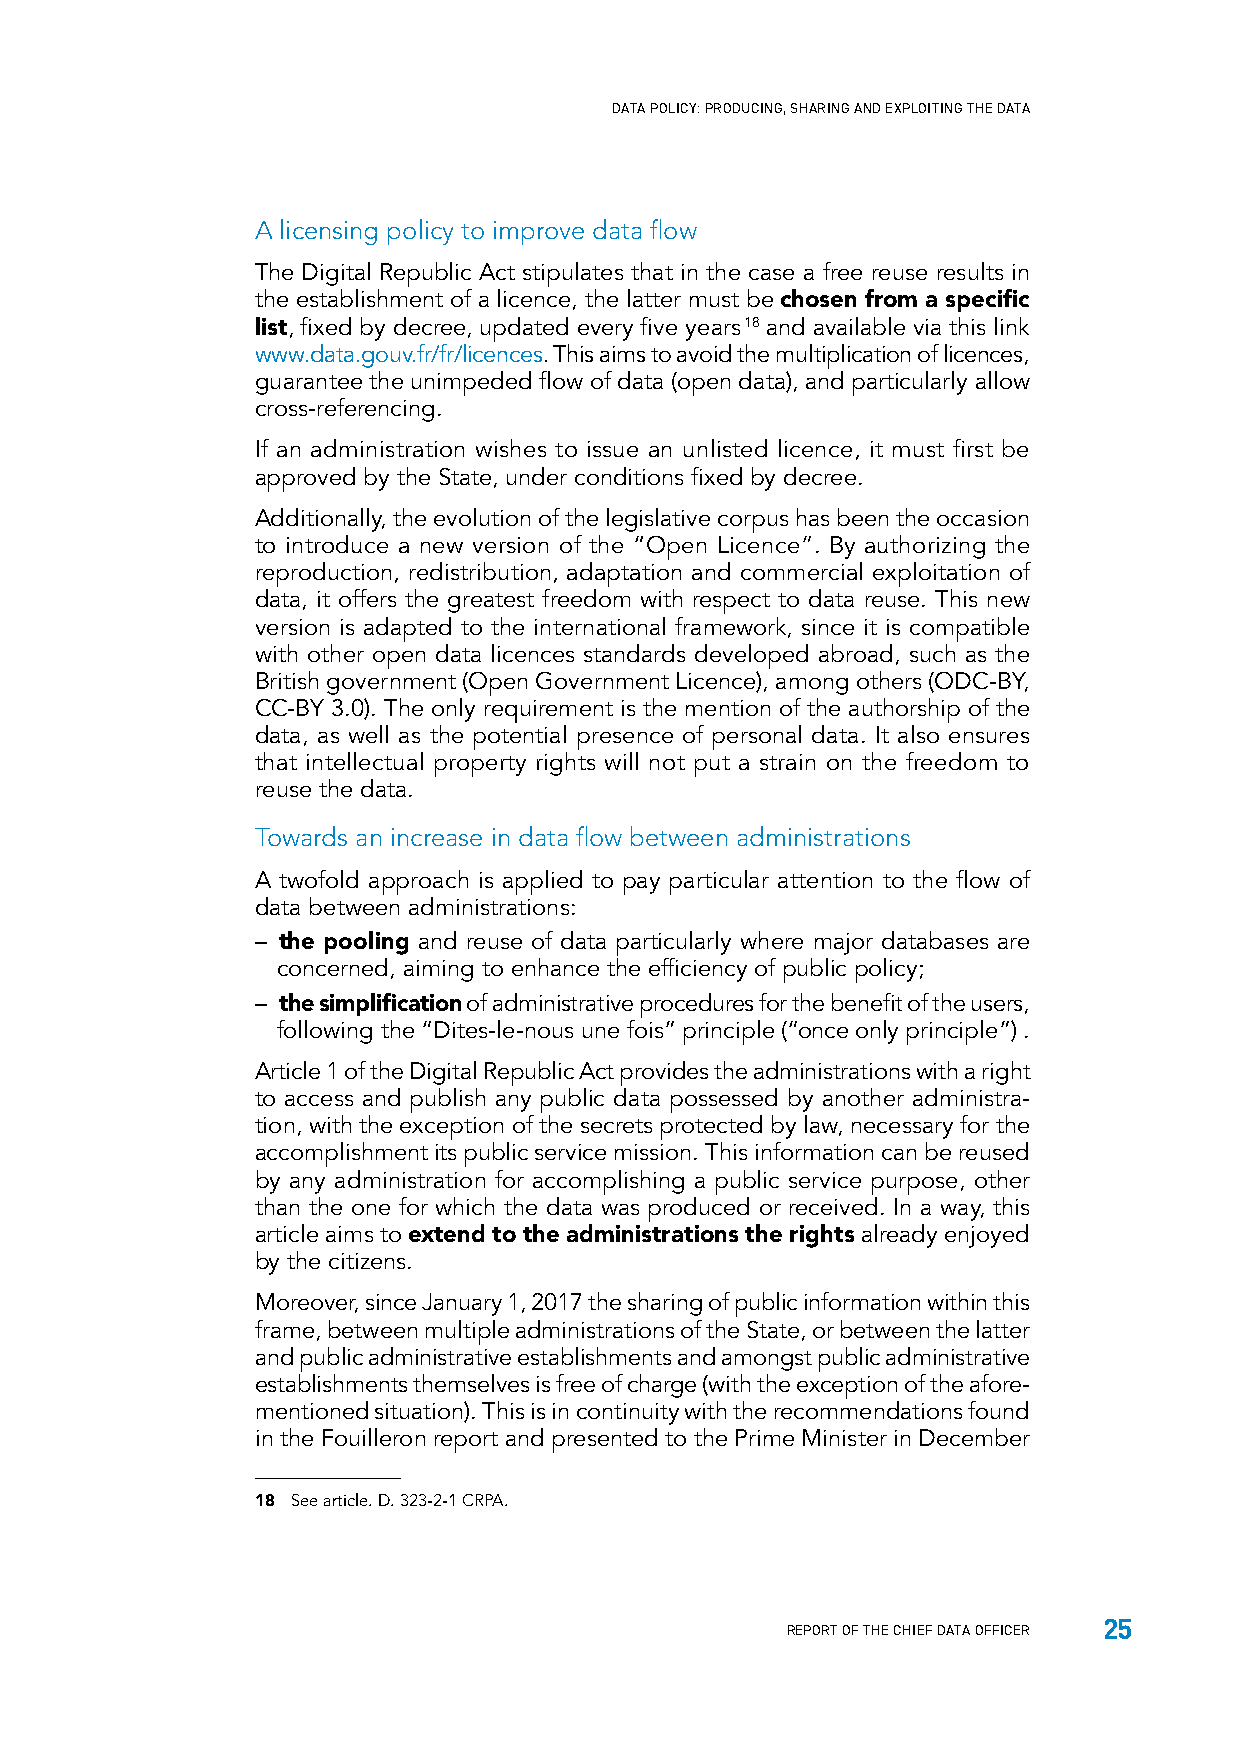
DATA POLICY: PRODUCING, SHARING AND EXPLOITING THE DATA
 A licensing policy to improve data flow
 The Digital Republic Act stipulates that in the case a free reuse results in
 the establishment of a licence, the latter must be chosen from a specific
 list, fixed by decree, updated every five years 18 and available via this link
 www.data.gouv.fr/fr/licences. This aims to avoid the multiplication of licences,
 guarantee the unimpeded flow of data (open data), and particularly allow
 cross-referencing.
 If an administration wishes to issue an unlisted licence, it must first be
 approved by the State, under conditions fixed by decree.
 Additionally, the evolution of the legislative corpus has been the occasion
 to introduce a new version of the “Open Licence”. By authorizing the
 reproduction, redistribution, adaptation and commercial exploitation of
 data, it offers the greatest freedom with respect to data reuse. This new
 version is adapted to the international framework, since it is compatible
 with other open data licences standards developed abroad, such as the
 British government (Open Government Licence), among others (ODC-BY,
 CC-BY 3.0). The only requirement is the mention of the authorship of the
 data, as well as the potential presence of personal data. It also ensures
 that intellectual property rights will not put a strain on the freedom to
 reuse the data.
 Towards an increase in data flow between administrations
 A twofold approach is applied to pay particular attention to the flow of
 data between administrations:
 – the pooling and reuse of data particularly where major databases are
 concerned, aiming to enhance the efficiency of public policy;
 – the simplification of administrative procedures for the benefit of the users,
 following the “Dites-le-nous une fois” principle (“once only principle”) .
 Article 1 of the Digital Republic Act provides the administrations with a right
 to access and publish any public data possessed by another administra-
 tion, with the exception of the secrets protected by law, necessary for the
 accomplishment its public service mission. This information can be reused
 by any administration for accomplishing a public service purpose, other
 than the one for which the data was produced or received. In a way, this
 article aims to extend to the administrations the rights already enjoyed
 by the citizens.
 Moreover, since January 1, 2017 the sharing of public information within this
 frame, between multiple administrations of the State, or between the latter
 and public administrative establishments and amongst public administrative
 establishments themselves is free of charge (with the exception of the afore-
 mentioned situation). This is in continuity with the recommendations found
 in the Fouilleron report and presented to the Prime Minister in December
 18 See article. D. 323-2-1 CRPA.
 25
 REPORT OF THE CHIEF DATA OFFICER